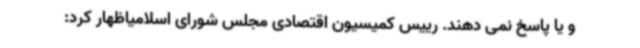
و یا پاسخ نمی دهند. رییس کمیسیون اقتصادی مجلس شورای اسلامیاظهار کرد: